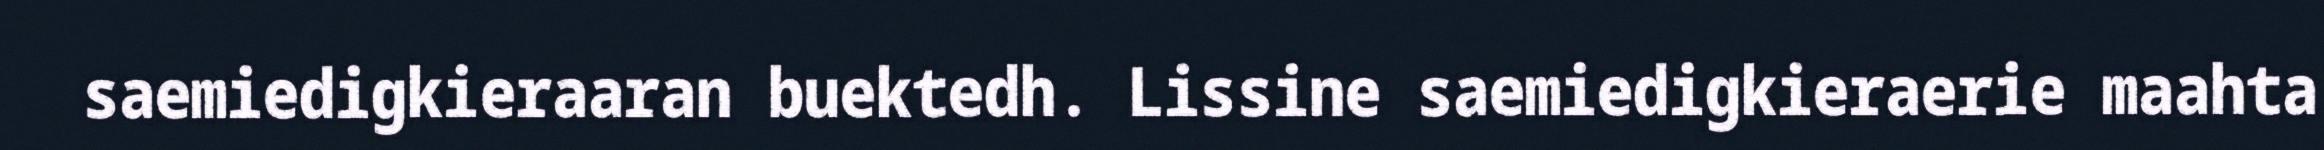
saemiedigkieraaran buektedh. Lissine saemiedigkieraerie maahta